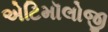
એટિમૉલોજી